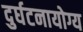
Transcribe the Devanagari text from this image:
दुर्घटनायोग्य